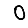
Digit: 0